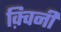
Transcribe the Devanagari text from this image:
क़्विनी